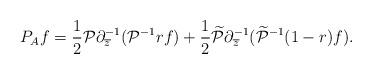
LaTeX: \begin{align*}P_{A}f=\frac 12 \mathcal P\partial^{-1}_{\overline z} (\mathcal P^{-1}rf)+\frac 12\widetilde {\mathcal P}\partial^{-1}_{\overline z} (\widetilde {\mathcal P}^{-1}(1-r)f).\end{align*}